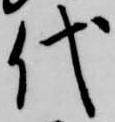
代